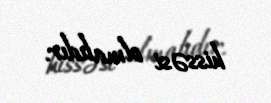
hissəsi olmalıdır.